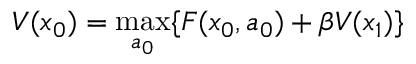
V ( x _ { 0 } ) = \operatorname* { m a x } _ { a _ { 0 } } \{ F ( x _ { 0 } , a _ { 0 } ) + \beta V ( x _ { 1 } ) \}